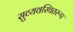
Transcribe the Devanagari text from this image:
सुव्यवस्थितरूप